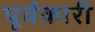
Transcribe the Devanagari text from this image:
पूर्वकारी